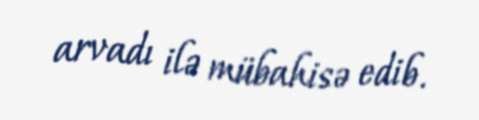
arvadı ilə mübahisə edib.